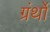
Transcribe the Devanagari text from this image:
ग्रंर्थों